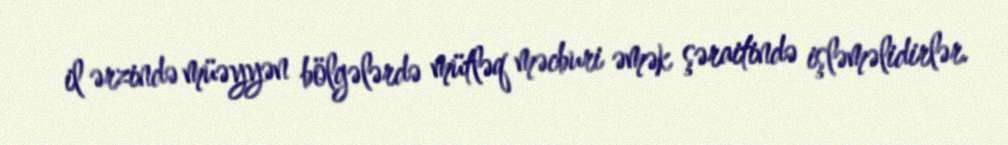
il ərzində müəyyən bölgələrdə mütləq məcburi əmək şəraitində işləməlidirlər.